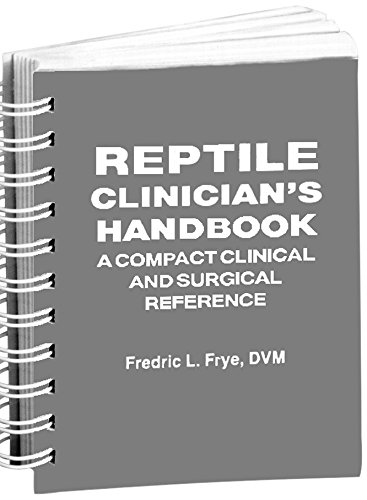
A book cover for Reptile Clinician's Handbook: A Compact Clinical and Surgical Reference; Fredric L. Frye; Medical Books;